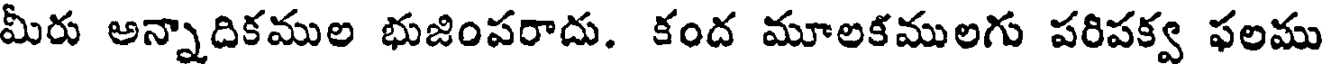
మీరు అన్నాదికముల భుజింపరాదు. కంద మూలకములగు పరిపక్వ ఫలము